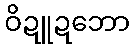
ဝိဍူဍဘော